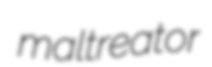
maltreator